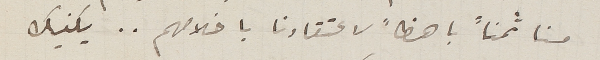
منا ثمناً باهظاً لاعتقادنا باخلاصهم.. يكفيك